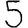
Digit: 5